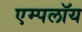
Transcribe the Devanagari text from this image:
एम्पलॉय